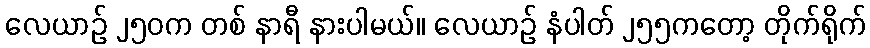
လေယာဉ် ၂၅၀က တစ် နာရီ နားပါမယ်။ လေယာဉ် နံပါတ် ၂၅၅ကတော့ တိုက်ရိုက်